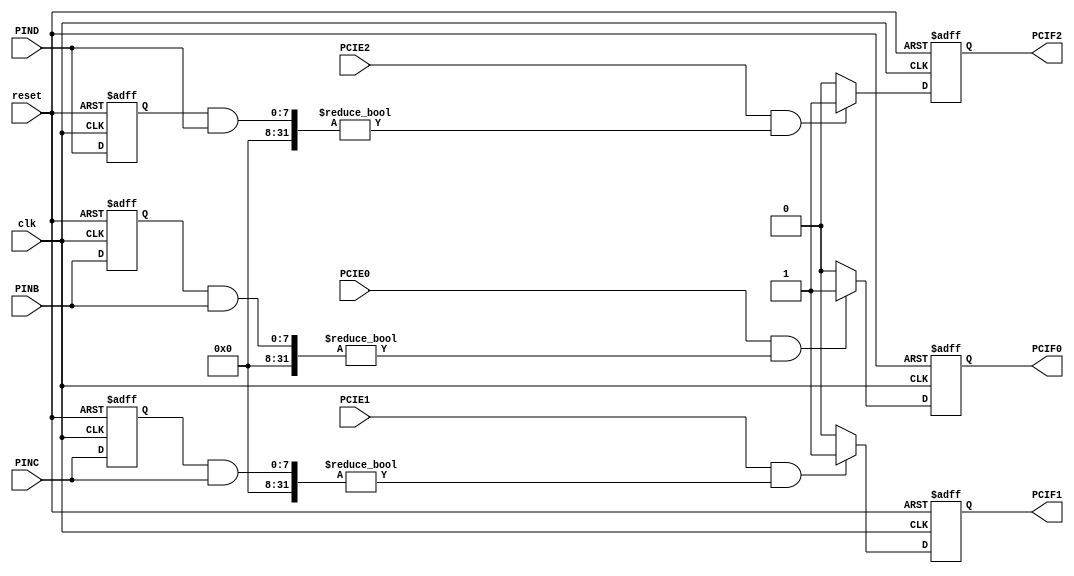
module interrupt_PINT (
    input clk,
    input reset,
    input [7:0] PINB,
    input [7:0] PINC,
    input [7:0] PIND,
    input PCIE0,
    input PCIE1,
    input PCIE2,
    output reg PCIF0,
    output reg PCIF1,
    output reg PCIF2
);

reg [7:0] PCINTB;
reg [7:0] PCINTC;
reg [7:0] PCINTD;

always@(posedge clk or posedge reset)
begin
//    if (reset) begin
//        counter <= 0;
//        PCIF0 <= 0;
//        PCIF1 <= 0;
//        PCIF2 <= 0;
//    end else begin
//        if (PCIE0) begin
//            if (counter == 0)
//                PCINTB <= PINB;
//            PCIF0 <= (counter == 4'b1111) ? (PCINTB & PINB) != 0 : 0;
//        end
//        if (PCIE1) begin
//            if (counter == 0)
//                PCINTC <= PINC;
//            PCIF1 <= (counter == 4'b1111) ? (PCINTC & PINC) != 0 : 0;
//        end
//        if (PCIE2) begin
//            if (counter == 0)
//                PCINTD <= PIND;
//            PCIF2 <= (counter == 4'b1111) ? (PCINTD & PIND) != 0 : 0;
//        end
//		  counter <= counter + 4'b1;
//    end
	if (reset) begin
		PCINTB <= 0;
		PCINTC <= 0;
		PCINTD <= 0;
		PCIF0 <= 0;
		PCIF1 <= 0;
		PCIF2 <= 0;
	end else begin
		PCIF0 <= (PCIE0) && ((PCINTB & PINB) != 0) ? 1'd1 : 1'd0;
		PCIF1 <= (PCIE1) && ((PCINTC & PINC) != 0) ? 1'd1 : 1'd0;
		PCIF2 <= (PCIE2) && ((PCINTD & PIND) != 0) ? 1'd1 : 1'd0;
		PCINTB <= PINB;
		PCINTC <= PINC;
		PCINTD <= PIND;
	end
end

endmodule